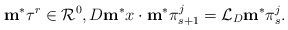
LaTeX: \begin{align*}\mathbf m^*\tau^r\in\mathcal R^0, D\mathbf m^*x\cdot\mathbf m^*\pi^j_{s+1}=\mathcal L_D\mathbf m^*\pi^j_s.\end{align*}